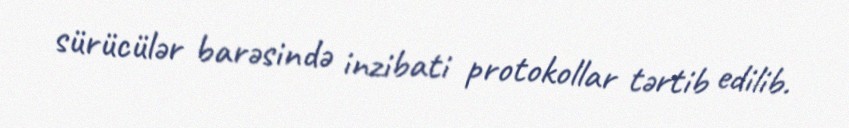
sürücülər barəsində inzibati protokollar tərtib edilib.